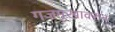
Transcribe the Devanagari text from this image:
गजमुखावरुन